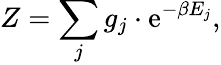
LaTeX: Z=\sum_{j}g_{j}\cdot\mathrm{e}^{-\beta E_{j}},